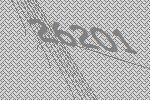
26201